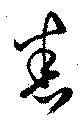
悉